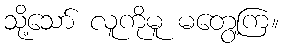
သို့သော် လူကိုမူ မတွေ့ကြ။